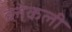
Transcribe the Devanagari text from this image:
ब्लेकली